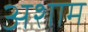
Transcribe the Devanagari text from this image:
अशाम